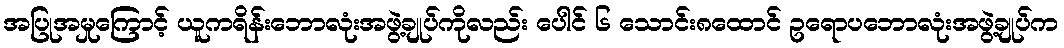
အပြုအမှုကြောင့် ယူကရိန်းဘောလုံးအဖွဲ့ချုပ်ကိုလည်း ပေါင် ၆ သောင်း၈ထောင် ဥရောပဘောလုံးအဖွဲ့ချုပ်က